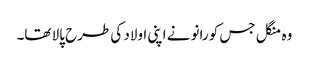
وہ منگل جس کو رانو نے اپنی اولاد کی طرح پالا تھا۔